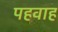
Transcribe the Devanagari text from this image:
पहवाह